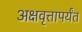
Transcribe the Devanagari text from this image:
अक्षवृत्तापर्यंत